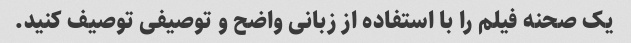
یک صحنه فیلم را با استفاده از زبانی واضح و توصیفی توصیف کنید.